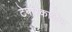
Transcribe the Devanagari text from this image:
टेपरिकार्डेड